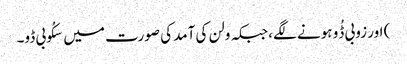
) اور زوبی ڈُو ہونے لگے، جبکہ ولن کی آمد کی صورت میں سکُوبی ڈو۔